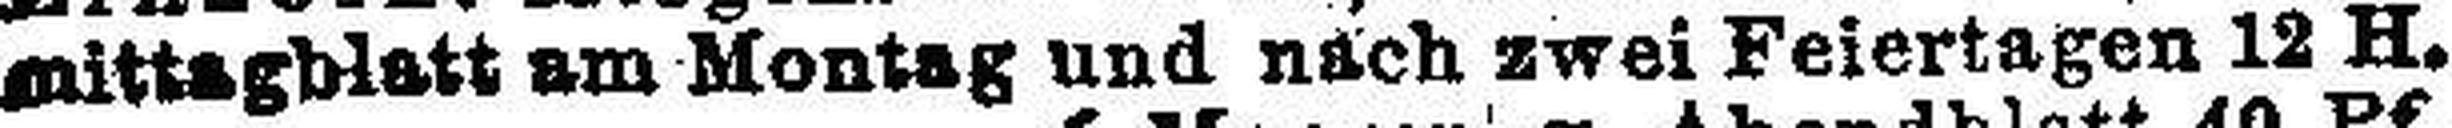
mittagblatt am Montag und nach zwei Feiertagen 12 H.